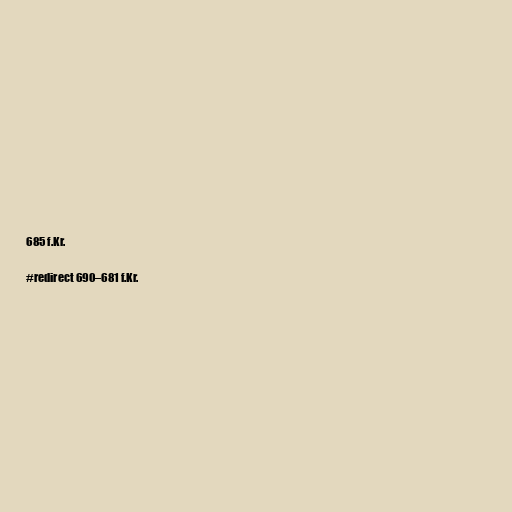
685 f.Kr.

#redirect 690–681 f.Kr.